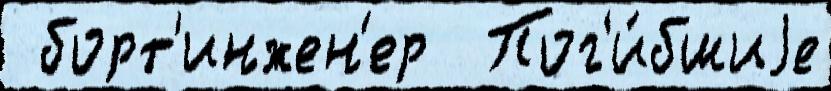
 борт'инжен'ер  Пог'и́бшиjе